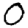
Digit: 0